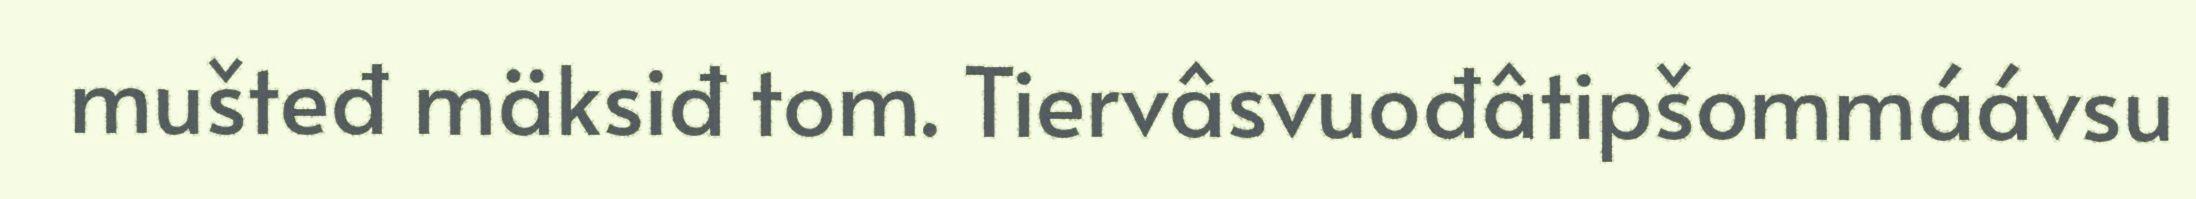
mušteđ mäksiđ tom. Tiervâsvuođâtipšommáávsu